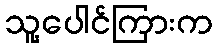
သူ့ပေါင်ကြားက